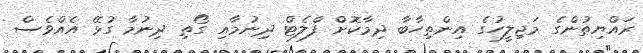
ރައްޔިތުންގެ މަޖިލީހުގެ އިންތިހާބާ ދިމާކޮށް ފްލެޓް ދިނުމާއި ގޯތި ދިނުމާ ގުޅޭ އެއްވެސް